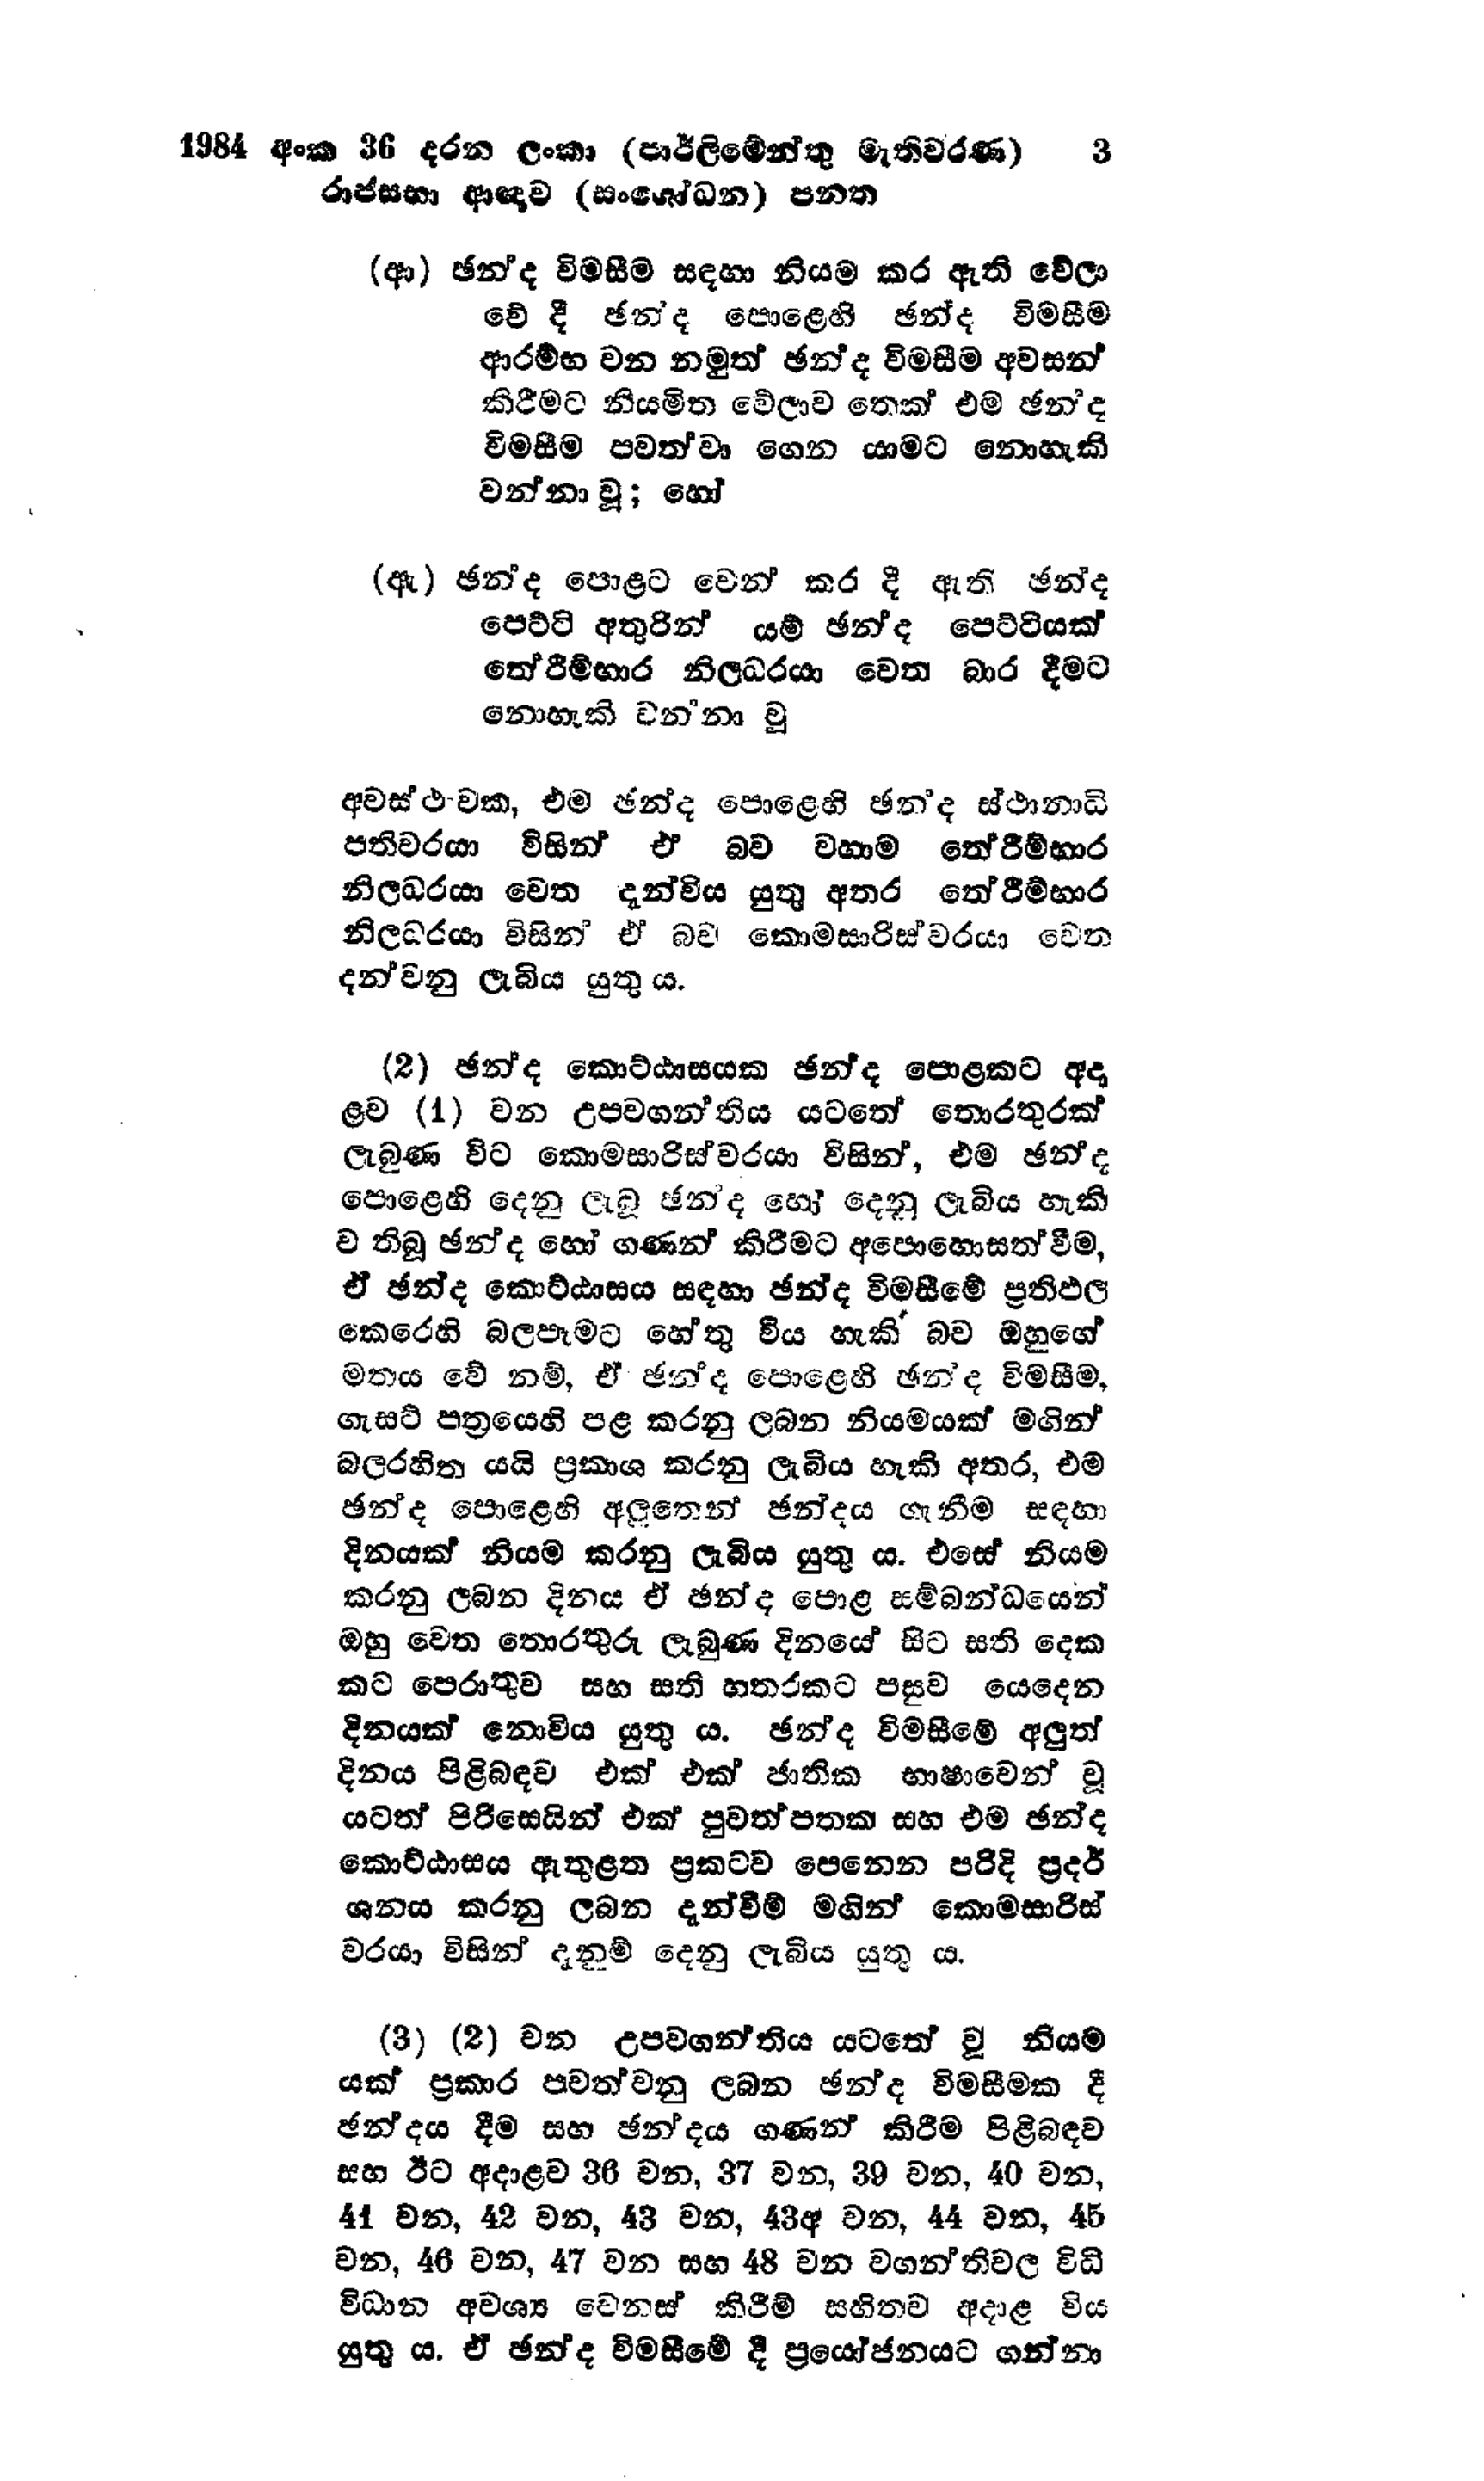
1984 අංක 36 දරන ලංකා (පාර්ලිමේන්තු මැතිවරණ) 3
රාජසභා ආඥාව (සංශෝධන) පනත

(ආ) ඡන්ද විමසීම සඳහා නියම කර ඇති වේලා
වේ දී ඡන්ද පොළෙහි ඡන්ද විමසීම
ආරම්භ වන නමුත් ඡන්ද විමසීම අවසන්
කිරීමට නියමිත වේලාව තෙක් එම ඡන්ද
විමසීම පවත්වා ගෙන යාමට නොහැකි
වන්නා වූ; හෝ

(ඇ) ඡන්ද පොළට වෙන් කර දී ඇති ඡන්ද
පෙට්ටි අතුරින් යම් ඡන්ද පෙට්ටියක්
තේරීම්භාර නිලධරයා වෙත බාර දීමට
නොහැකි වන්නා වූ

අවස්ථාවක, එම ඡන්ද පොළෙහි ඡන්ද ස්ථානාධි
පතිවරයා විසින් ඒ බව වහාම තේරීම්භාර
නිලධරයා වෙත දැන්විය යුතු අතර තේරීම්භාර
නිලධරයා විසින් ඒ බව කොමසාරිස්වරයා වෙත
දන්වනු ලැබිය යුතු ය.

(2) ඡන්ද කොට්ඨාසයක ඡන්ද පොළකට අදා
ළව (1) වන උපවගන්තිය යටතේ තොරතුරක්
ලැබුණ විට කොමසාරිස්වරයා විසින්, එම ඡන්ද
පොළෙහි දෙනු ලැබූ ඡන්ද හෝ දෙනු ලැබිය හැකි
ව තිබූ ඡන්ද හෝ ගණන් කිරීමට අපොහොසත් වීම,
ඒ ඡන්ද කොට්ඨාසය සඳහා ඡන්ද විමසීමේ ප්‍රතිඵල
කෙරෙහි බලපෑමට හේතු විය හැකි බව ඔහුගේ
මතය වේ නම්, ඒ ඡන්ද පොළෙහි ඡන්ද විමසීම,
ගැසට් පත්‍රයෙහි පළ කරනු ලබන නියමයක් මගින්
බලරහිත යයි ප්‍රකාශ කරනු ලැබිය හැකි අතර, එම
ඡන්ද පොළෙහි අලුතෙන් ඡන්දය ගැනීම සඳහා
දිනයක් නියම කරනු ලැබිය යුතු ය. එසේ නියම
කරනු ලබන දිනය ඒ ඡන්ද පොළ සම්බන්ධයෙන්
ඔහු වෙත තොරතුරු ලැබුණ දිනයේ සිට සති දෙක
කට පෙරාතුව සහ සති හතරකට පසුව යෙදෙන
දිනයක් නොවිය යුතුය. ඡන්ද විමසීමේ අලුත්
දිනය පිළිබඳව එක් එක් ජාතික භාෂාවෙන් වූ
යටත් පිරිසෙයින් එක් පුවත්පතක සහ එම ඡන්ද
කොට්ඨාසය ඇතුළත ප්‍රකටව පෙනෙන පරිදි ප්‍රදර්
ශනය කරනු ලබන දැන්වීම් මගින් කොමසාරිස්
වරයා විසින් දැනුම් දෙනු ලැබිය යුතු ය.

(3) (2) වන උපවගන්තිය යටතේ වූ නියම
යක් ප්‍රකාර පවත්වනු ලබන ඡන්ද විමසීමක දී
ඡන්දය දීම සහ ඡන්දය ගණන් කිරීම පිළිබඳව
සහ ඊට අදාළව 36 වන, 37 වන, 39 වන, 40 වන,
41 වන, 42 වන, 43 වන, 43 අ වන, 44 වන, 45
වන, 46 වන, 47 වන සහ 48 වන වගන්තිවල විධි
විධාන අවශ්‍ය වෙනස් කිරීම් සහිතව අදාළ විය
යුතු ය. ඒ ඡන්ද විමසීමේ දී ප්‍රයෝජනයට ගන්නා